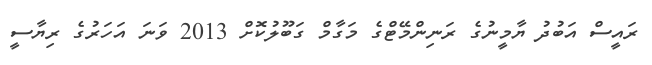
ރައީސް އަބުދު ޔާމީނުގެ ރަނިންމޭޓްގެ މަގާމް ގަބޫލުކޮށް 2013 ވަނަ އަހަރުގެ ރިޔާސީ